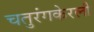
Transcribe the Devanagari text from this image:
चतुरंगकेरली